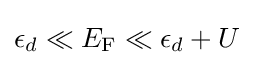
\epsilon _{d}\ll E_{\rm {F}}\ll \epsilon _{d}+U